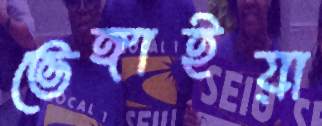
ভেঙ্গাইয়া